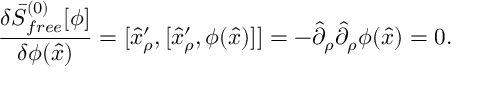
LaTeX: { \frac { \delta \bar { S } _ { f r e e } ^ { ( 0 ) } [ \phi ] } { \delta \phi ( \hat { x } ) } } = [ \hat { x } _ { \rho } ^ { \prime } , [ \hat { x } _ { \rho } ^ { \prime } , \phi ( \hat { x } ) ] ] = - \hat { \partial } _ { \rho } \hat { \partial } _ { \rho } \phi ( \hat { x } ) = 0 .